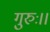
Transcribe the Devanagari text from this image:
गुरुः।।